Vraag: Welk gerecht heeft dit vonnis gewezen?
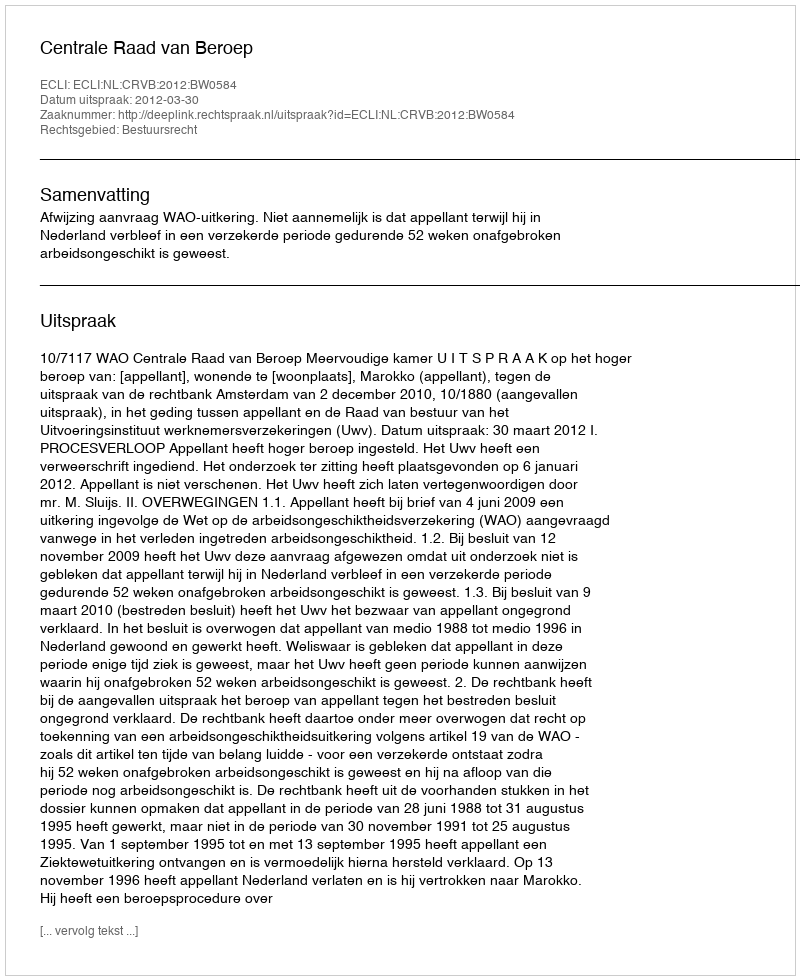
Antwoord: Centrale Raad van Beroep